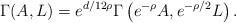
LaTeX: \begin{align*}\Gamma(A,L)={e^{d/12\rho}}\Gamma\left({e^{-\rho}}A,{e^{-\rho/2}}L\right).\end{align*}